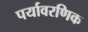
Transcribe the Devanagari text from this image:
पर्यावरणिक